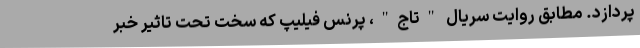
‌پردازد. مطابق روایت سریال "تاج"، پرنس فیلیپ که سخت تحت تاثیر خبر